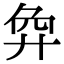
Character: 𢍅